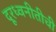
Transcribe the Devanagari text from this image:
दूरध्वनीतीची